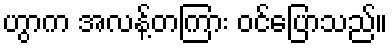
ဟွာက အလန့်တကြား ဝင်ပြောသည်။